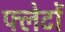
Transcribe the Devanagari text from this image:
फ्लेटों